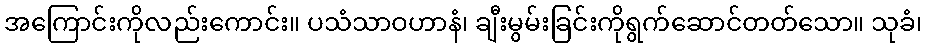
အကြောင်းကိုလည်းကောင်း။ ပသံသာဝဟာနံ၊ ချီးမွမ်းခြင်းကိုရွက်ဆောင်တတ်သော။ သုခံ၊